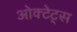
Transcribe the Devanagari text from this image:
ओक्टेट्स